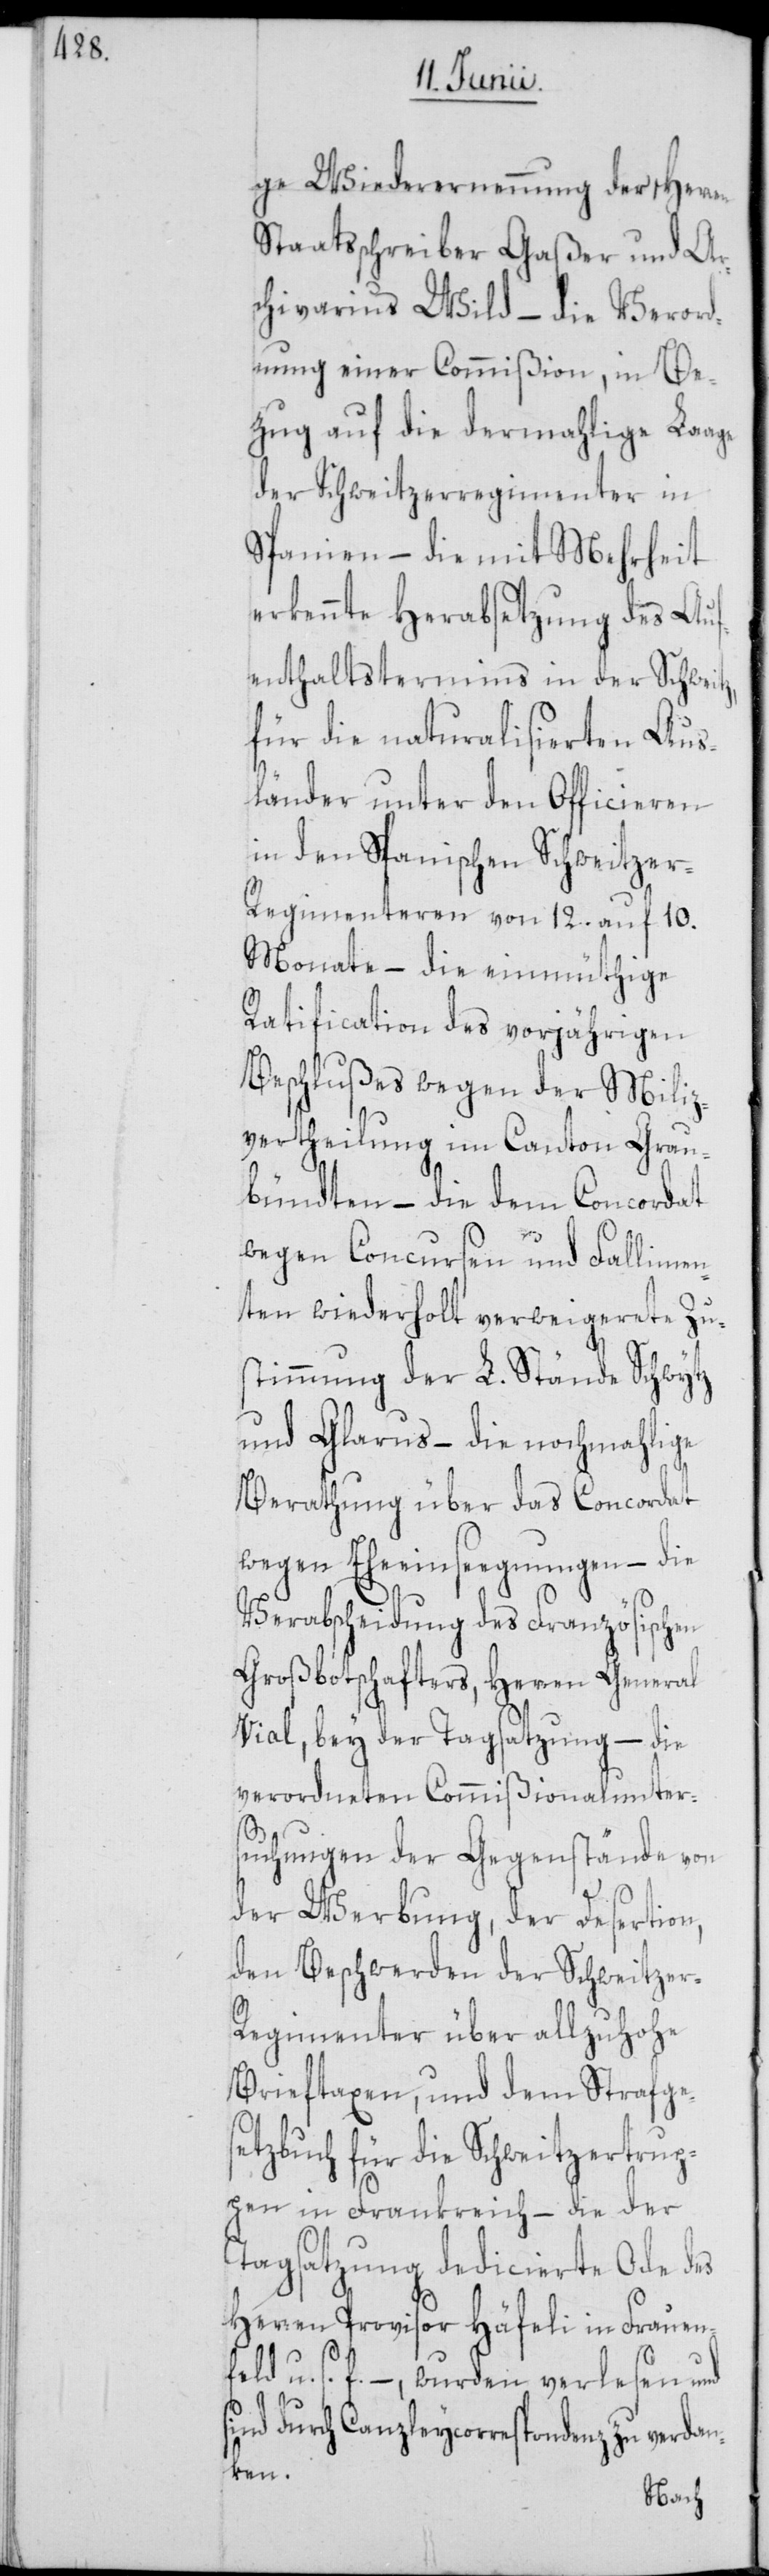
ge Wiederernennung der Herren
Staatsschreiber Gaßer und Ar¬
chivarius Wild – die Verord¬
nung einer Commißion, in Be¬
zug auf die dermahlige Laage
der Schweitzerregimenter in
Spanien – die mit Mehrheit
erkennte Herabsetzung des Auf¬
enthaltstermins in der Schweitz,
für die naturalisierten Aus¬
länder unter den Officieren
in den Spanischen Schweitze¬
r-Regimenteren von 12. auf 10.
Monate – die einmüthige
Ratification des vorjährigen
Beschlußes wegen der Miliz¬
vertheilung im Canton Grau¬
bündten – die dem Concordat
wegen Concursen und Fallimen¬
ten wiederholt verweigerete Zu¬
stimmung der L. Stände Schwytz
und Glarus – die nochmahlige
Berathung über das Concordat
wegen Eheeinseegnungen – die
Verabscheidung des Französischen
Großbotschafters, Herren General
Vial, bey der Tagsatzung – die
verordneten Commißionalunter¬
suchungen der Gegenstände von
der Werbung, der Desertion,
den Beschwerden der Schweitzer-R¬
egimenter über allzuhohe
Brieftaxen, und dem Strafges¬
etzbuch für die Schweitzertrup¬
pen in Frankreich – die der
Tagsatzung dedicierte Ode des
Herren Provisor Häfeli in Frauen¬
feld u. s. f. –, wurden verlesen und
sind durch Canzleycorrespondenz zu verdan¬
ken.